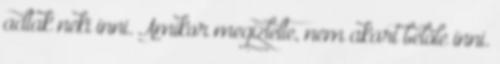
adtak neki inni. Amikor megízlelte, nem akart belőle inni.